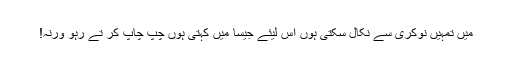
میں تمہیں نوکری سے نکال سکتی ہوں اس لیئے جیسا میں کہتی ہوں چپ چاپ کر تے رہو ورنہ!